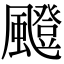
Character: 𩘼